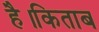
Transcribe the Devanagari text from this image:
है।किताब